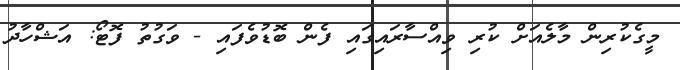
މީގެކުރިން މާލެއަށް ކުރި ވިއްސާރައިގައި ފެން ބޮޑުވެފައި - ވަގުތު ފޮޓޯ: އަޝްހާދު